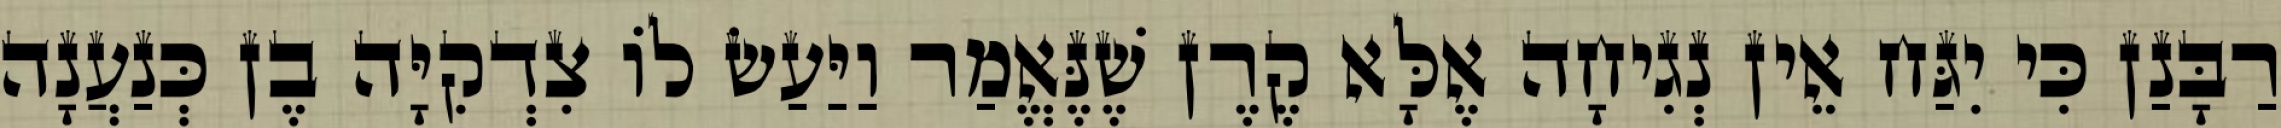
רַבָּנַן כִּי יִגַּח אֵין נְגִיחָה אֶלָּא קֶרֶן שֶׁנֶּאֱמַר וַיַּעַשׂ לוֹ צִדְקִיָּה בֶן כְּנַעֲנָה